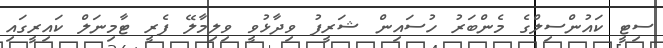
ސިޓީ ކައުންސިލްގެ މެންބަރު ހުސައިން ޝަރީފު ވިދާޅުވީ ވިލިމާލޭ ފެރީ ޓާމިނަލް ކައިރީގައި